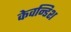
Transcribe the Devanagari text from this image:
केवन्डिश